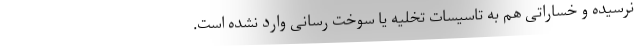
نرسیده و خساراتی هم به تاسیسات تخلیه یا سوخت رسانی وارد نشده است.